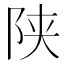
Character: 陕